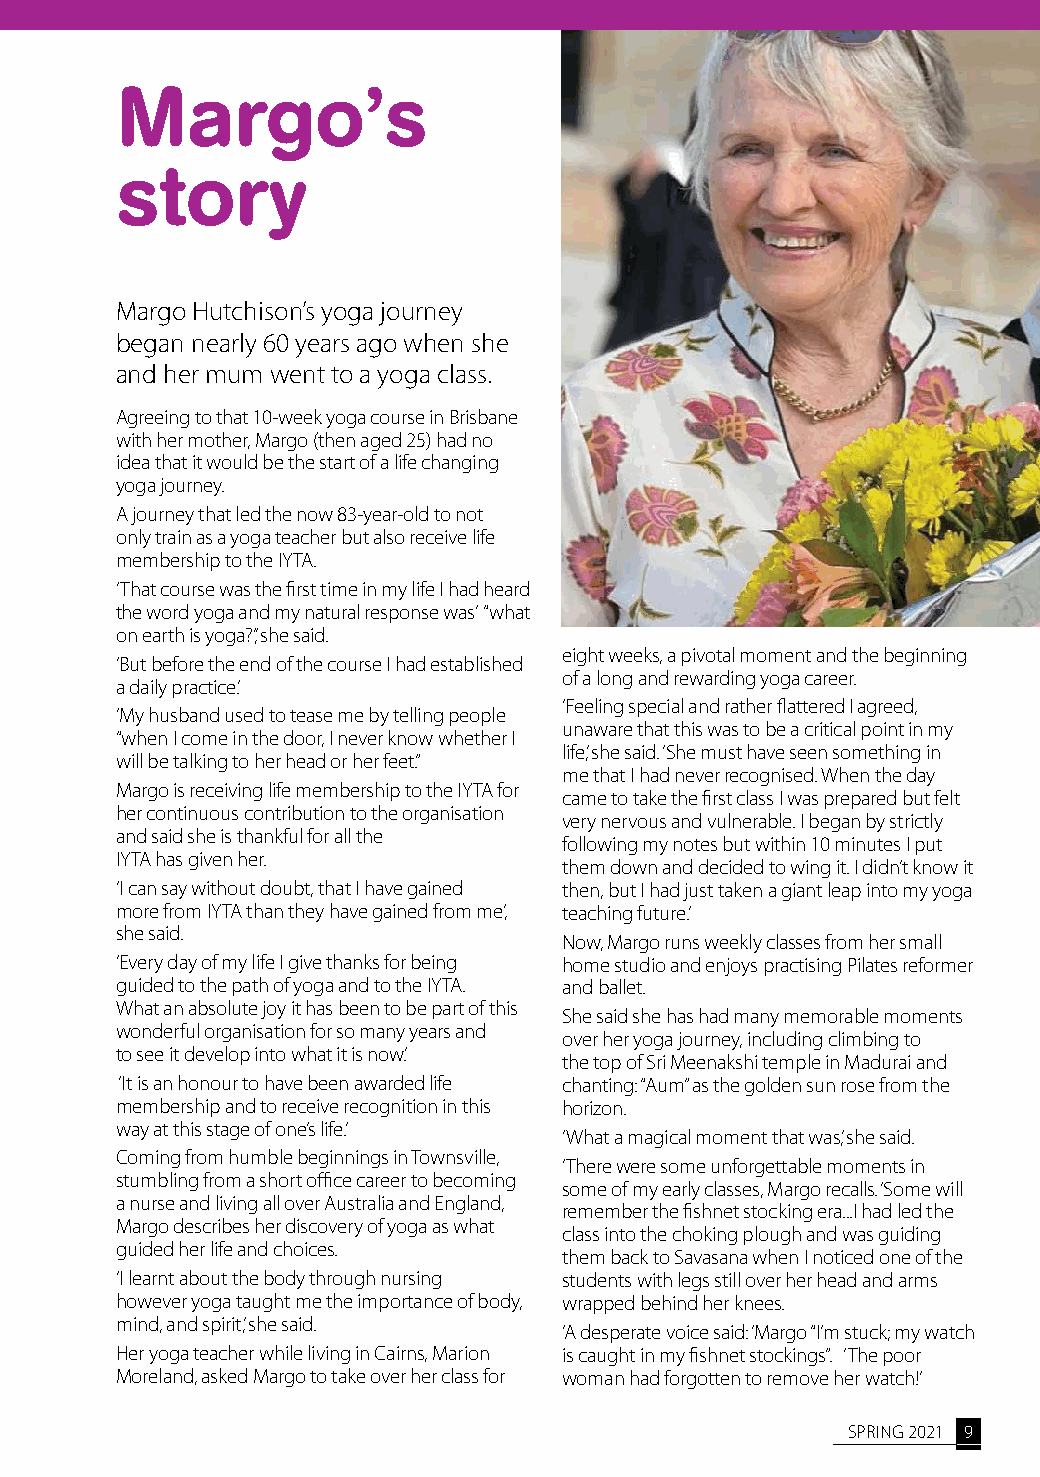
Margo’s
 story
 Margo Hutchison’s yoga journey
 began nearly 60 years ago when she
 and her mum went to a yoga class.
 Agreeing to that 10-week yoga course in Brisbane
 with her mother, Margo (then aged 25) had no
 idea that it would be the start of a life changing
 yoga journey.
 A journey that led the now 83-year-old to not
 only train as a yoga teacher but also receive life
 membership to the IYTA.
 ‘That course was the first time in my life I had heard
 the word yoga and my natural response was’ “what
 on earth is yoga?’,’ she said.
 eight weeks, a pivotal moment and the beginning
 ‘But before the end of the course I had established
 of a long and rewarding yoga career.
 a daily practice.’
 ‘Feeling special and rather flattered I agreed,
 ‘My husband used to tease me by telling people
 unaware that this was to be a critical point in my
 “when I come in the door, I never know whether I
 life,’ she said. ‘She must have seen something in
 will be talking to her head or her feet.”
 me that I had never recognised. When the day
 Margo is receiving life membership to the IYTA for
 came to take the first class I was prepared but felt
 her continuous contribution to the organisation
 very nervous and vulnerable. I began by strictly
 and said she is thankful for all the
 following my notes but within 10 minutes I put
 IYTA has given her.
 them down and decided to wing it. I didn’t know it
 ‘I can say without doubt, that I have gained then, but I had just taken a giant leap into my yoga
 more from IYTA than they have gained from me,’ teaching future.’
 she said.
 Now, Margo runs weekly classes from her small
 ‘Every day of my life I give thanks for being home studio and enjoys practising Pilates reformer
 guided to the path of yoga and to the IYTA. and ballet.
 What an absolute joy it has been to be part of this
 She said she has had many memorable moments
 wonderful organisation for so many years and
 over her yoga journey, including climbing to
 to see it develop into what it is now.’
 the top of Sri Meenakshi temple in Madurai and
 ‘It is an honour to have been awarded life chanting: “Aum” as the golden sun rose from the
 membership and to receive recognition in this horizon.
 way at this stage of one’s life.’
 ‘What a magical moment that was,’ she said.
 Coming from humble beginnings in Townsville,
 ‘There were some unforgettable moments in
 stumbling from a short office career to becoming
 some of my early classes, Margo recalls. ‘Some will
 a nurse and living all over Australia and England,
 remember the fishnet stocking era...I had led the
 Margo describes her discovery of yoga as what
 class into the choking plough and was guiding
 guided her life and choices.
 them back to Savasana when I noticed one of the
 ‘I learnt about the body through nursing students with legs still over her head and arms
 however yoga taught me the importance of body, wrapped behind her knees.
 mind, and spirit,’ she said.
 ‘A desperate voice said: ‘Margo “I’m stuck; my watch
 Her yoga teacher while living in Cairns, Marion is caught in my fishnet stockings”. ‘The poor
 Moreland, asked Margo to take over her class for woman had forgotten to remove her watch!’
 SPRING 2021 9